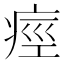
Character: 痙